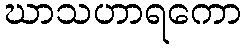
ဃာသဟာရကော